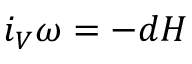
i _ { V } \omega = - d H